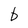
Character: b